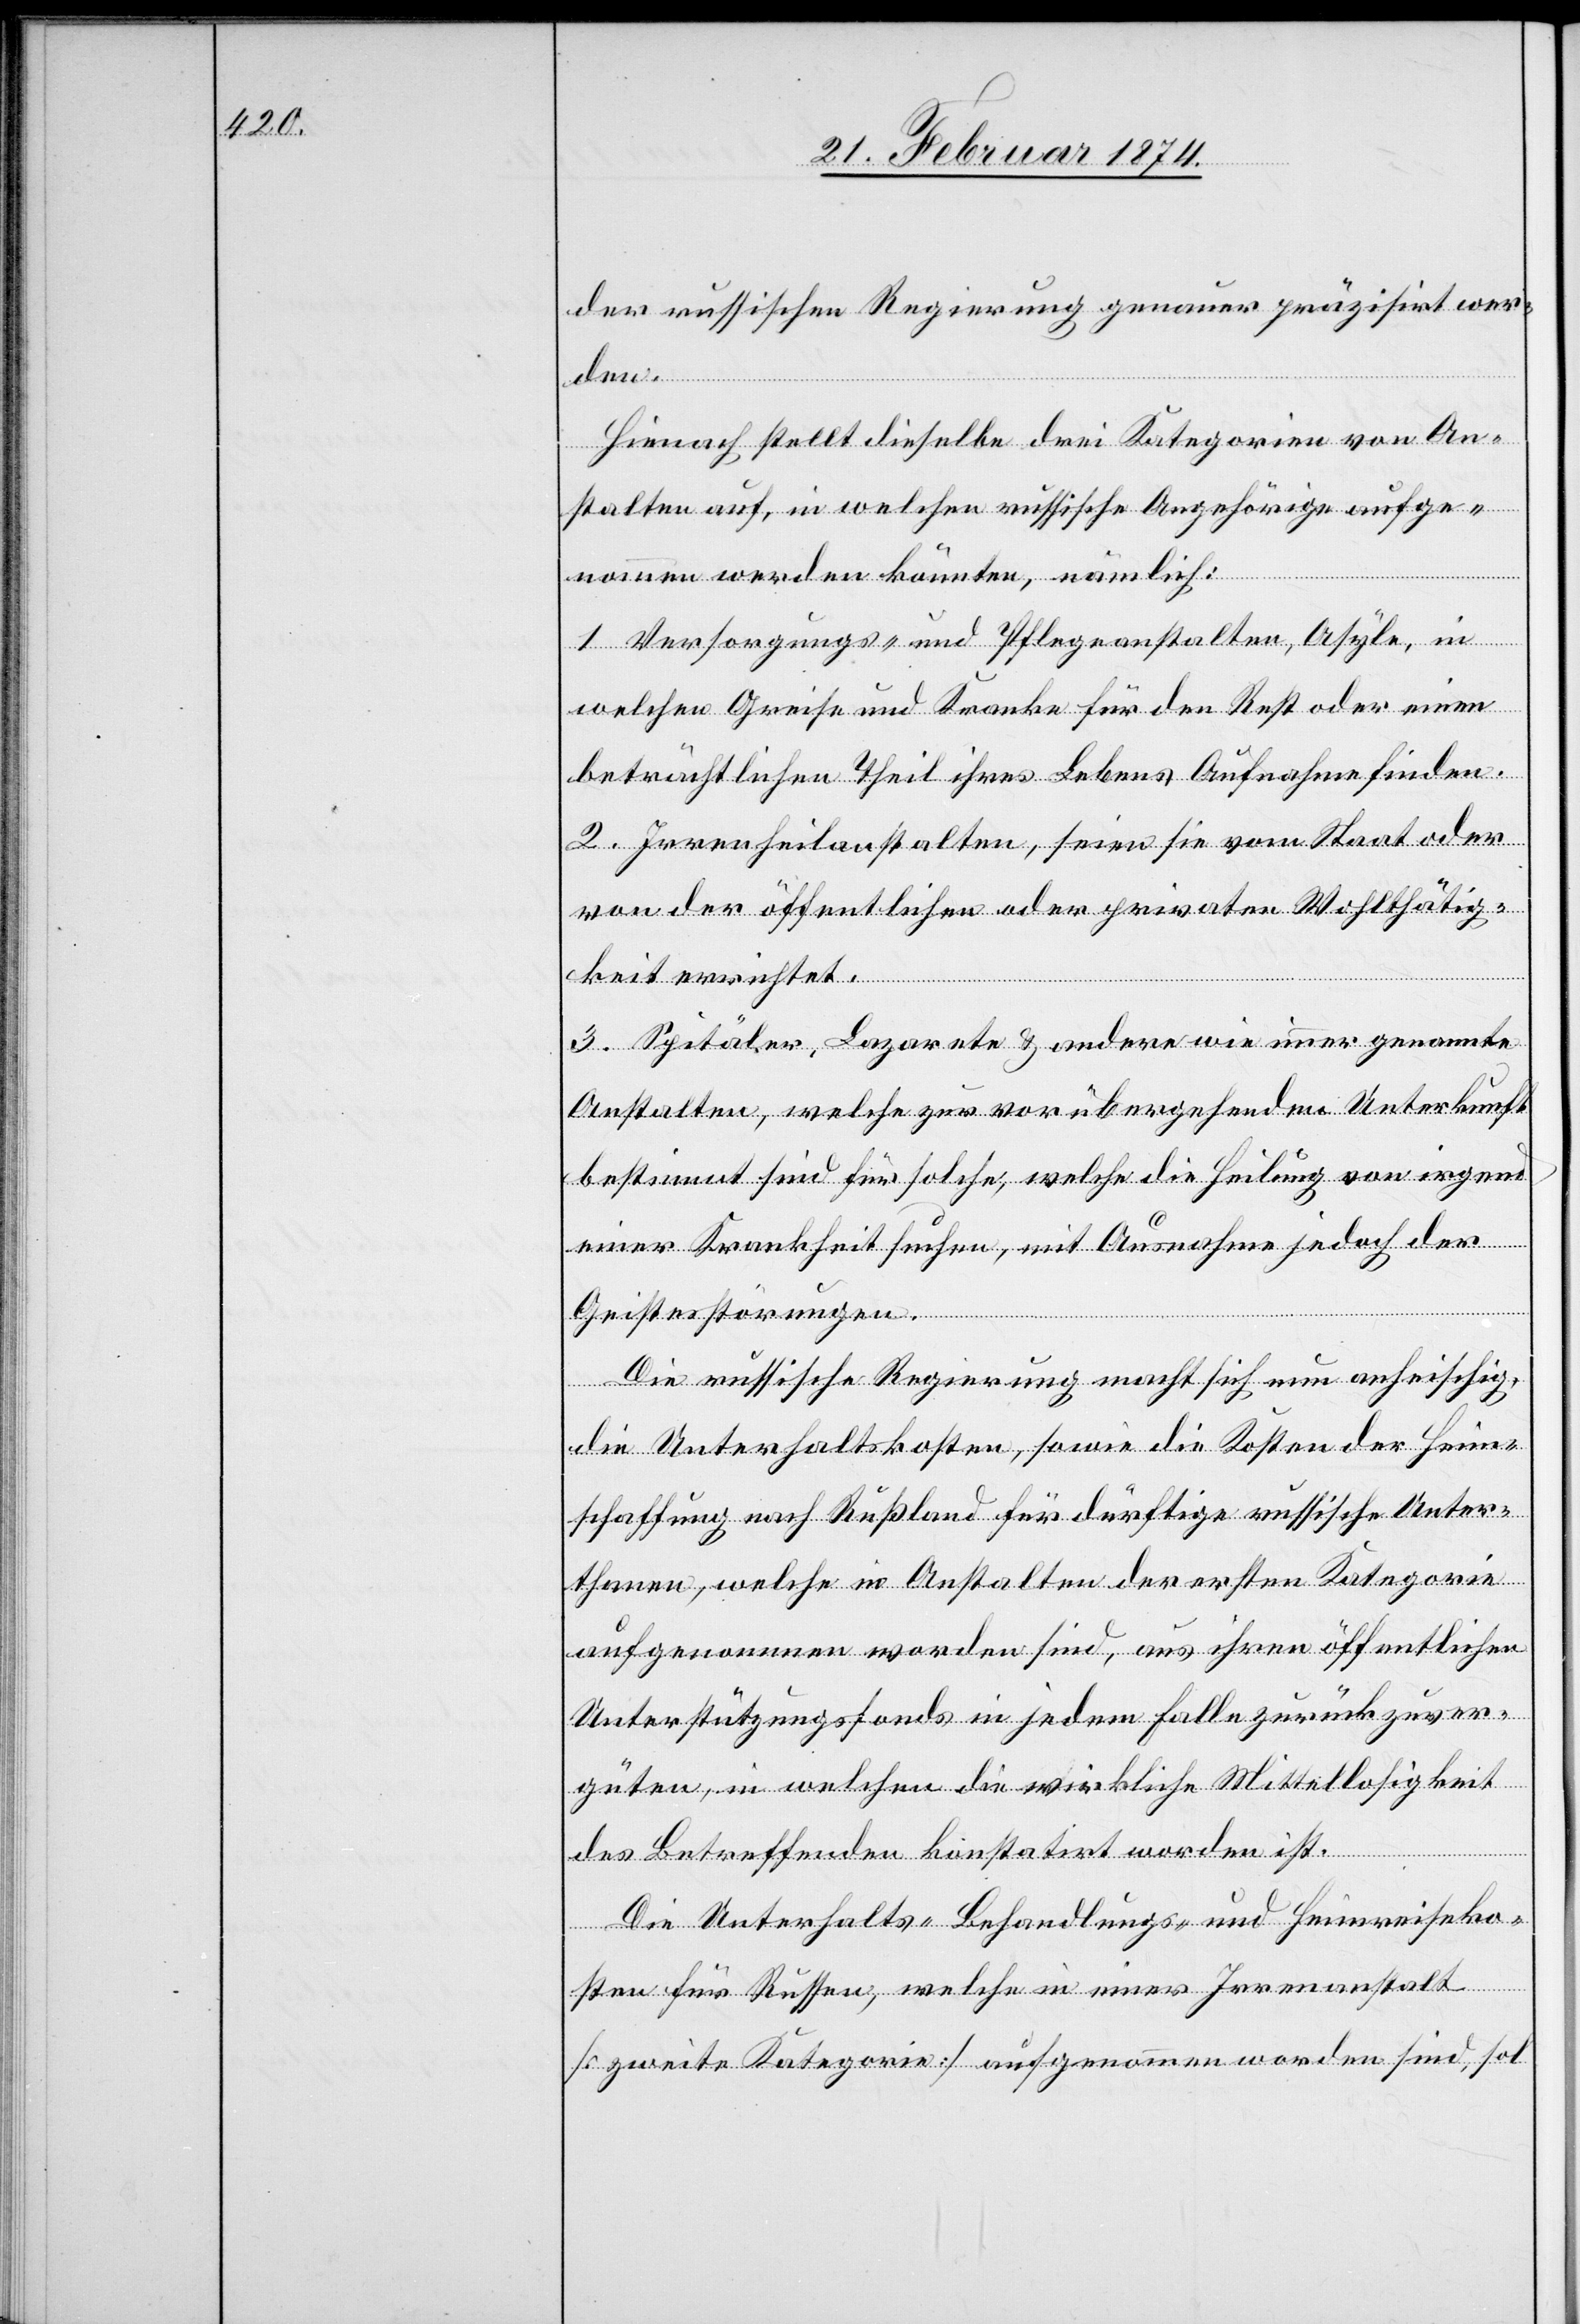
der russischen Regierung genauer präzisirt wer¬
den.
Hienach stellt die selbe drei Kategorien von An¬
stalten auf, in welchen russische Angehörige aufge¬
nommen werden könnten, nämlich:
1. Versorgungs- und Pflegeanstalten, Asyle, in
welchen Greise und Kranke für den Rest oder einen
beträchtlichen Theil ihres Lebens Aufnahmen finden.
2. Irrenheilanstalten, seien sie vom Staat oder
von der öffentlichen oder privaten Wohltätig¬
keit errichtet.
3. Spitäler, Lazarete u. andere wie immer genannte
Anstalten, welche zur vorübergehenden Unterkunft
bestimmt sind für solche, welche die Heilung von irgend
einer Krankheit suchen, mit Ausnahme jedoch der
Geistesstörungen.
Die russische Regierung macht sich nun anheischig,
die Unterhaltskosten, sowie die Kosten der Heim¬
schaffung nach Rußland für dürftige russische Unter¬
thanen, welche in Anstalten der ersten Kategorie
aufgenommen worden sind, aus ihren öffentlichen
Unterstüzungsfonds in jedem Falle zurückzuver¬
güten, in welchem die wirkliche Mittellosigkeit
des Betreffenden konstant worden ist.
Die Unterhalts- Behandlungs- und Heimreiseko¬
sten für Russen, welche in einer Irrenanstalt
[zweite Kategorie] aufgenommen worden sind, sol